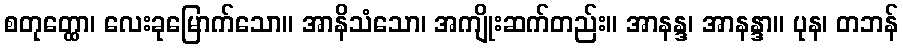
စတုတ္ထော၊ လေးခုမြောက်သော။ အာနိသံသော၊ အကျိုးဆက်တည်း။ အာနန္ဒ၊ အာနန္ဒာ။ ပုန၊ တဘန်